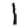
Digit: 1